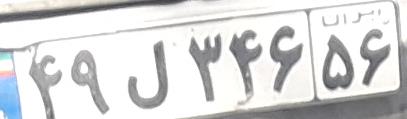
۴۹ل۳۴۶۵۶